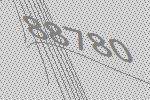
88780